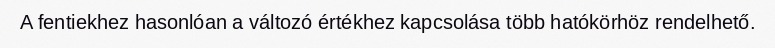
A fentiekhez hasonlóan a változó értékhez kapcsolása több hatókörhöz rendelhető.